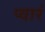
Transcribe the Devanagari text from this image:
प्वारं